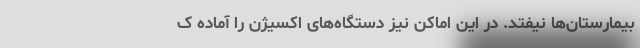
بیمارستان‌ها نیفتد. در این اماکن نیز دستگاه‌های اکسیژن را آماده ک